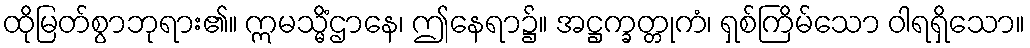
ထိုမြတ်စွာဘုရား၏။ ဣမသ္မိံဌာနေ၊ ဤနေရာ၌။ အဋ္ဌက္ခတ္တုကံ၊ ရှစ်ကြိမ်သော ဝါရရှိသော။